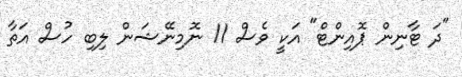
"ދަ ޓާނިން ޕޮއިންޓް" އަކީ ވެސް 11 ނޮމިނޭޝަން ލިބި ހުސް އަތާ